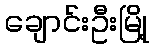
ချောင်းဦးမြို့